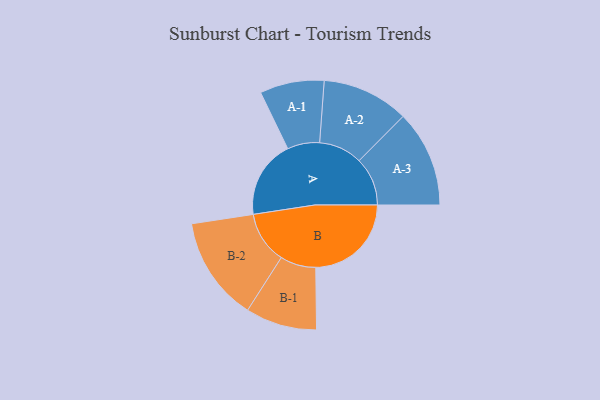
{"axis": {"x": "Segment", "y": "Value"}, "legend": ["", "A", "B"], "data": [{"x": "A", "y": 332, "type": ""}, {"x": "B", "y": 407, "type": ""}, {"x": "A-1", "y": 137, "type": "A"}, {"x": "A-2", "y": 185, "type": "A"}, {"x": "A-3", "y": 206, "type": "A"}, {"x": "B-1", "y": 152, "type": "B"}, {"x": "B-2", "y": 222, "type": "B"}]}